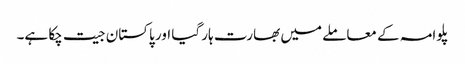
پلوامہ کے معاملے میں بھارت ہار گیا اور پاکستان جیت چکا ہے۔